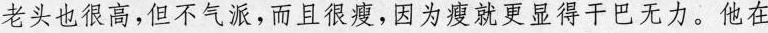
老头也很高，但不气派，而且很瘦，因为瘦就更显得干巴无力。他在